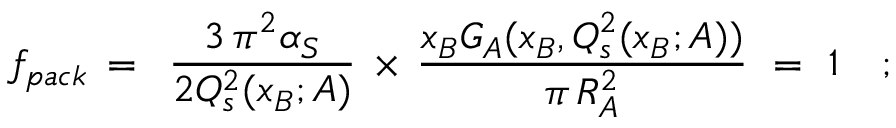
f _ { p a c k } \, = \, \, \, \frac { 3 \, \pi ^ { 2 } \alpha _ { S } } { 2 Q _ { s } ^ { 2 } ( x _ { B } ; A ) } \, \times \, \frac { x _ { B } G _ { A } ( x _ { B } , Q _ { s } ^ { 2 } ( x _ { B } ; A ) ) } { \pi \, R _ { A } ^ { 2 } } \, \, = \, \, 1 \quad ;